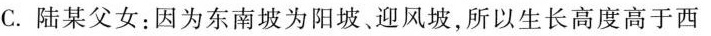
C.陆某父女：因为东南坡为阳坡。迎风坡，所以生长高度高于西